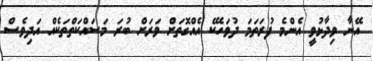
އޭނާ ވިދާޅުވީ އެންމެ ފުރަތަމަ ދުވަހެކޭ އެއްގޮތަށް ވަރަށް ބުރަ މަސައްކަތްތަކެއް އަދިވެސް